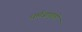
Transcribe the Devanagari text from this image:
धर्मजागृती